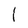
Character: l